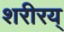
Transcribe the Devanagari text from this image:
शरीरय्